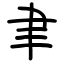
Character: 聿